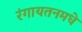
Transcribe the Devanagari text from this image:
रंगायतनमधे